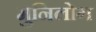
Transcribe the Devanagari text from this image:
मुनिलोग